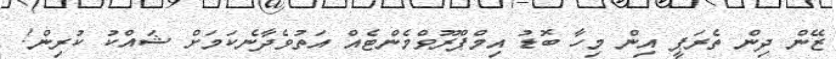
ޒޭން ދިން ތެރަޕީ އިން މިހާ ބޮޑު އިމްޕްރޫވްމެންޓެއް އަތުވެދާނެކަމަށް ޝައްކު ކުރިން!